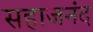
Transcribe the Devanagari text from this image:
सहाजनंद